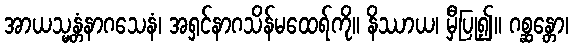
အာယသ္မန္တံနာဂသေနံ၊ အရှင်နာဂသိန်မထေရ်ကို။ နိဿာယ၊ မှီပြု၍။ ဂစ္ဆန္တော၊